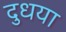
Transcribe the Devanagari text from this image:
दुधया